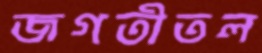
জগতীতল